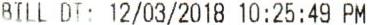
BILL DT: 12/03/2018 10:25:49 PM